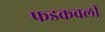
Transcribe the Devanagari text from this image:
फडकवली